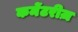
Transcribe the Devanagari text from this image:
कमेंटरीज़